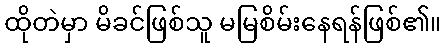
ထိုတဲမှာ မိခင်ဖြစ်သူ မမြစိမ်းနေရန်ဖြစ်၏။